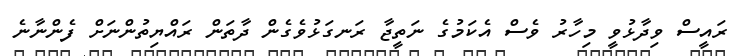
ރައީސް ވިދާޅުވީ މިހާރު ވެސް އެކަމުގެ ނަތީޖާ ރަނގަޅުވެގެން ދާތަން ރައްޔިތުންނަށް ފެންނާނެ